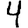
Digit: 4